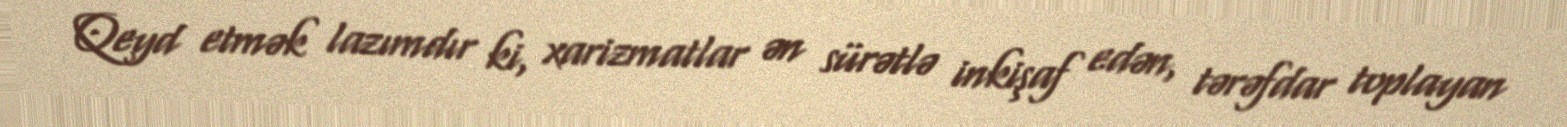
Qeyd etmək lazımdır ki, xarizmatlar ən sürətlə inkişaf edən, tərəfdar toplayan